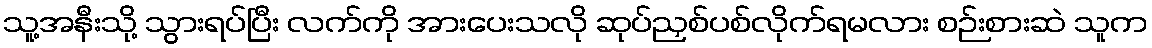
သူ့အနီးသို့ သွားရပ်ပြီး လက်ကို အားပေးသလို ဆုပ်ညှစ်ပစ်လိုက်ရမလား စဉ်းစားဆဲ သူက